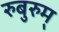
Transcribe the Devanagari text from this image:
रुबुरुम्